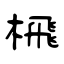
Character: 榌